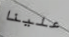
علينا